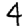
Digit: 4